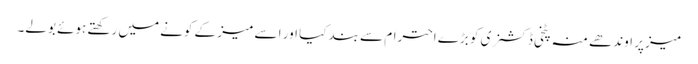
میز پر اوندھے منہ پٹخی ڈکشنری کو بڑے احترام سے بند کیا اور ا سے میز کے کونے میں رکھتے ہوئے بولے۔